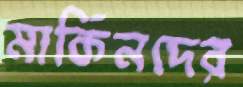
মার্কিনদের